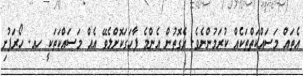
އެތައް މަސައްކަތްތަކެއް ކުރަމުންނެވެ. އެގޮތުން އެންމެ ފާހަގަކޮށްލެވޭ އެއް މަސައްކަތަކީ ހއ. ހޯރަފުށި